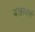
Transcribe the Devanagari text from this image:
बाह्यधर्म